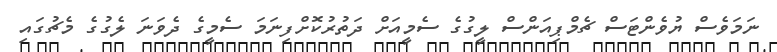
ނަމަވެސް ޔުވެންޓަސް ޗެމްޕިއަންސް ލީގުގެ ސެމީއަށް ދަތުރުކޮށްފިނަމަ ސެމީގެ ދެވަނަ ލެގުގެ މެޗުގައި